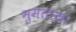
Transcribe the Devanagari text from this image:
मुमताज़।